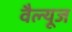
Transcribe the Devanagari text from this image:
वैल्यूज